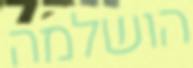
הושלמה